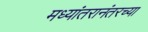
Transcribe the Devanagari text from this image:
मध्यांतरानंतरच्या